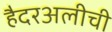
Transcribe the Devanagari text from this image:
हैदरअलीची